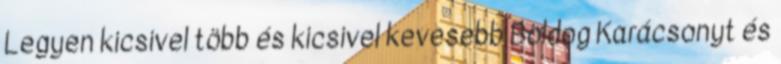
Legyen kicsivel több és kicsivel kevesebb Boldog Karácsonyt és